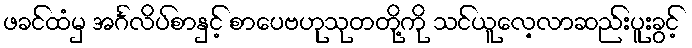
ဖခင်ထံမှ အင်္ဂလိပ်စာနှင့် စာပေဗဟုသုတတို့ကို သင်ယူလေ့လာဆည်းပူးခွင့်